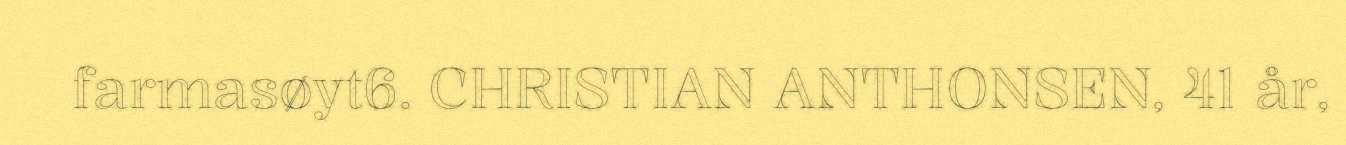
farmasøyt6. CHRISTIAN ANTHONSEN, 41 år,